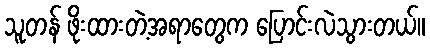
သူတန် ဖိုးထားတဲ့အရာတွေက ပြောင်းလဲသွားတယ်။